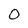
Character: O